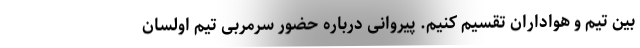
بین تیم و هواداران تقسیم کنیم. پیروانی درباره حضور سرمربی تیم اولسان